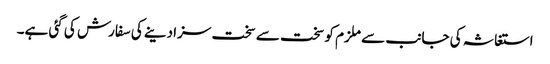
استغاثہ کی جانب سے ملزم کو سخت سے سخت سزا دینے کی سفارش کی گئی ہے۔